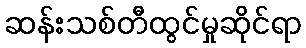
ဆန်းသစ်တီထွင်မှုဆိုင်ရာ